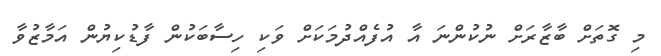
މި ގޮތަށް ބާޒާރަށް ނުކުންނަ އާ އުފެއްދުމަކަށް ވަކި ހިސާބަކުން ފާޑުކިޔުން އަމާޒުވާ